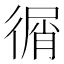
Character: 㣯